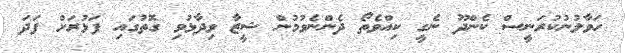
ހަވާލުނުކުރަނީސް ކެންދޫ ނެގީ ކިއްވެތޯ ދެންނެވުމުން ޝީޒާ ވިދާޅުވި ގޮތުގައި ފަޅުރަށް ފަދަ